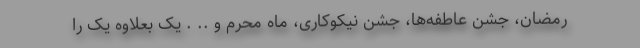
رمضان، جشن عاطفه‌ها، جشن نیکوکاری، ماه محرم و .. . یک بعلاوه یک را